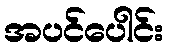
အပင်ပေါင်း